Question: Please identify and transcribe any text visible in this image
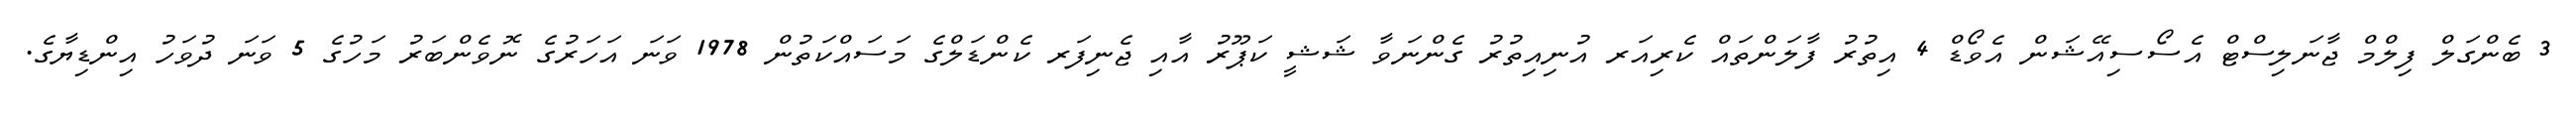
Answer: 3 ބެންގަލް ފިލްމް ޖާނަލިސްޓް އެސޯސިއޭޝަން އެވޯޑް 4 އިތުރު ފާލަންތައް ކެރިއަރ އުނިއިތުރު ގެންނަވާ ޝަޝީ ކަޕޫރު އާއި ޖެނިފަރ ކެންޑަލްގެ މަސައްކަތުން 1978 ވަނަ އަހަރުގެ ނޮވެންބަރު މަހުގެ 5 ވަނަ ދުވަހު އިންޑިޔާގެ.